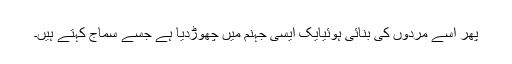
پھر اسے مردوں کی بنائی ہوئیایک ایسی جہنم میں چھوڑدیا ہے جسے سماج کہتے ہیں۔